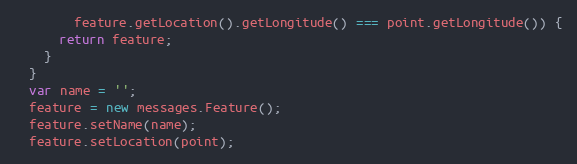
Language: JavaScript
        feature.getLocation().getLongitude() === point.getLongitude()) {
      return feature;
    }
  }
  var name = '';
  feature = new messages.Feature();
  feature.setName(name);
  feature.setLocation(point);